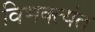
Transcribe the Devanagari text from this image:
विभक्त्यंत